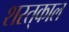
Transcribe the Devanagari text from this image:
शरत्‌काल